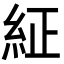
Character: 䋊